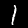
Label: 1